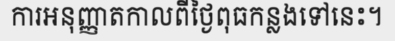
ការអនុញ្ញាតកាលពីថ្ងៃពុធកន្លងទៅនេះ។